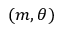
( m , \theta )